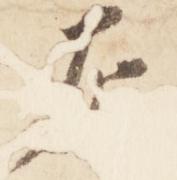
左